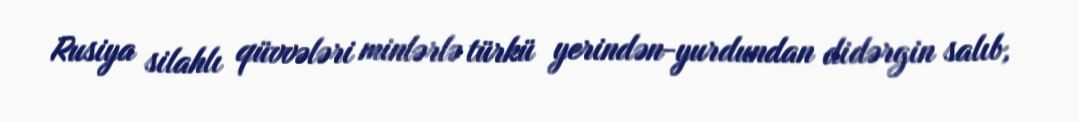
Rusiya silahlı qüvvələri minlərlə türkü yerindən-yurdundan didərgin salıb,